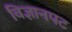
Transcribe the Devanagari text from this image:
विज्ञानपट